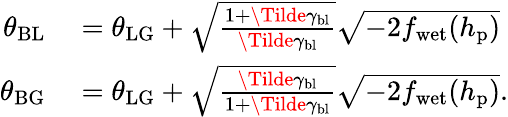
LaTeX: \begin{array}{rl}{\theta_{\mathrm{BL}}}&{{}=\theta_{\mathrm{LG}}+\sqrt{\frac{1+\Tilde{\gamma}_{\mathrm{bl}}}{\Tilde{\gamma}_{\mathrm{bl}}}}\sqrt{-2f_{\mathrm{wet}}(h_{\mathrm{p}})}}\\ {\theta_{\mathrm{BG}}}&{{}=\theta_{\mathrm{LG}}+\sqrt{\frac{\Tilde{\gamma}_{\mathrm{bl}}}{1+\Tilde{\gamma}_{\mathrm{bl}}}}\sqrt{-2f_{\mathrm{wet}}(h_{\mathrm{p}})}.}\end{array}